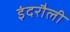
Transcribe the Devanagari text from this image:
इंदरौली